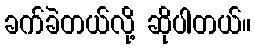
ခက်ခဲတယ်လို့ ဆိုပါတယ်။